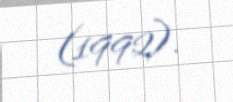
(1992).